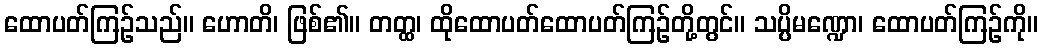
ထောပတ်ကြဉ်သည်။ ဟောတိ၊ ဖြစ်၏။ တတ္ထ၊ ထိုထောပတ်ထောပတ်ကြဉ်တို့တွင်။ သပ္ပိမဏ္ဍော၊ ထောပတ်ကြဉ်ကို။